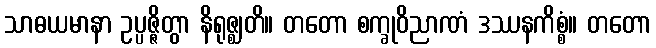
သာဓယမာနာ ဥပ္ပဇ္ဇိတွာ နိရုဇ္ဈတိ။ တတော စက္ခုဝိညာဏံ ဒဿနကိစ္စံ။ တတော